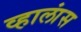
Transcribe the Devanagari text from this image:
व्हालांस